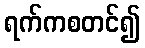
ရက်ကစတင်၍